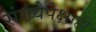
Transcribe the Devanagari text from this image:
संख्येपेक्षाही